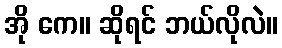
အို ကေ။ ဆိုရင် ဘယ်လိုလဲ။